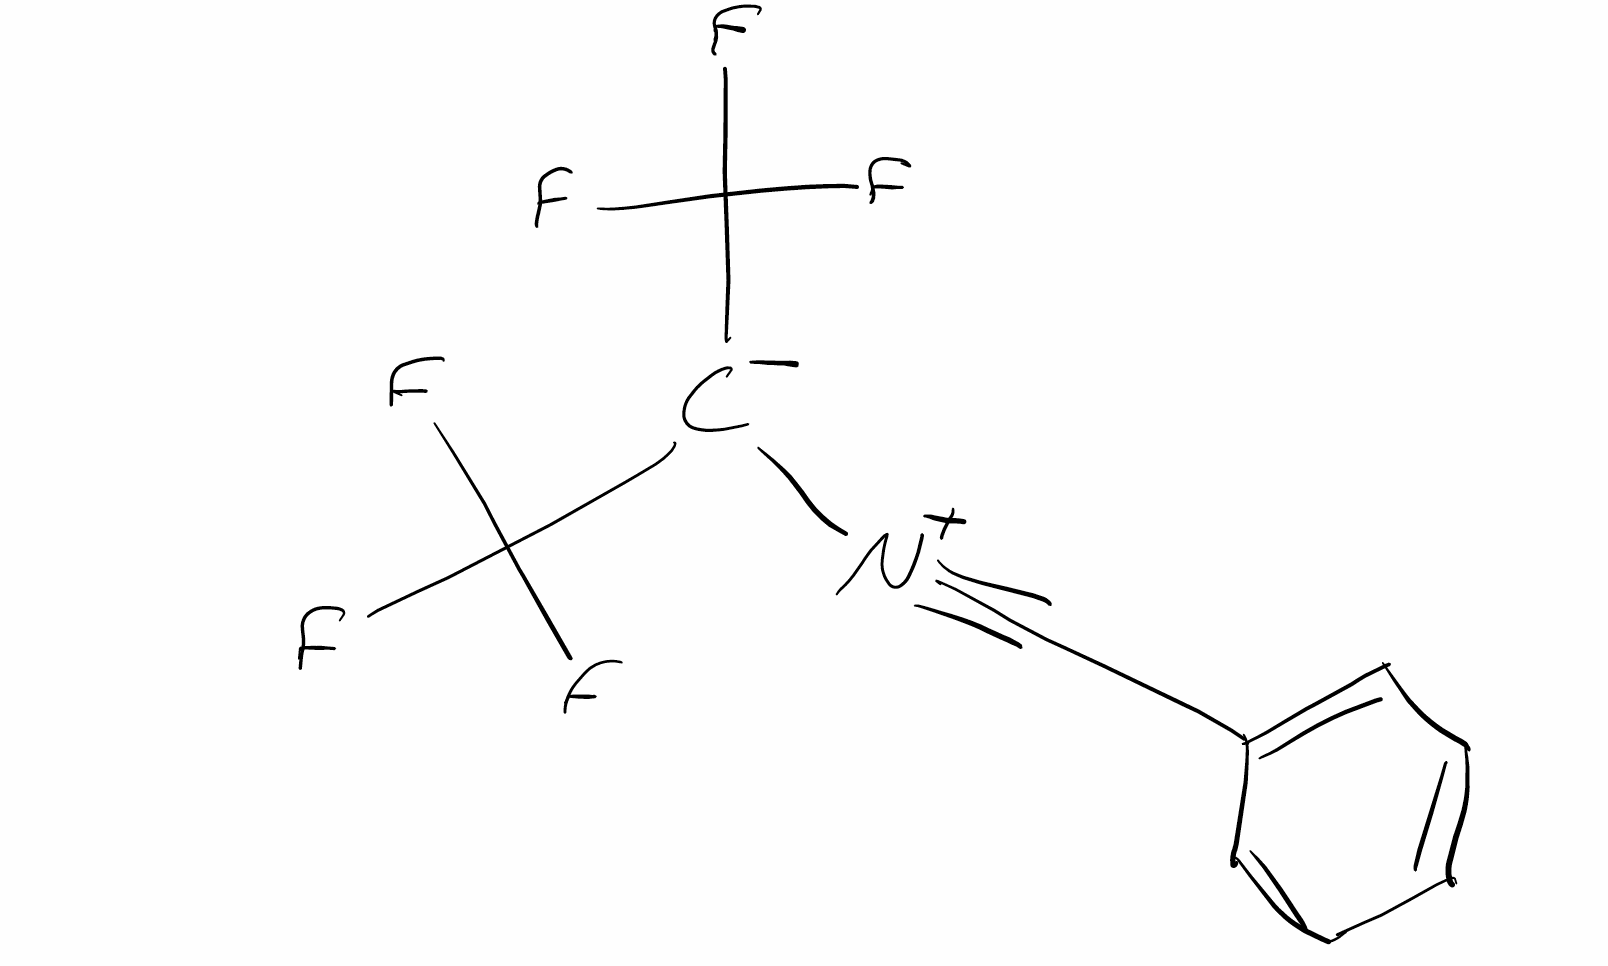
Simplified molecular-input line-entry system (SMILES) notation of the given molecule:
C1=CC=C(C=C1)C#[N+][C-](C(F)(F)F)C(F)(F)F